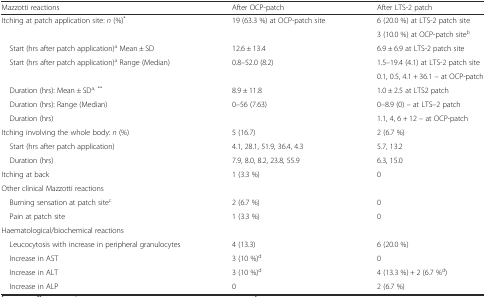
<table><thead><tr><td><b>Mazzotti reactions</b></td><td><b>After OCP-patch</b></td><td><b>After LTS-2 patch</b></td></tr></thead><tbody><tr><td>Itching at patch application site: <i>n</i> (%)<sup>*</sup></td><td>19 (63.3 %) at OCP-patch site</td><td>6 (20.0 %) at LTS-2 patch site</td></tr><tr><td>[EMPTY_CELL]</td><td>[EMPTY_CELL]</td><td>3 (10.0 %) at OCP-patch site<sup>b</sup></td></tr><tr><td> Start (hrs after patch application)<sup>a</sup> Mean ± SD</td><td>12.6 ± 13.4</td><td>6.9 ± 6.9 at LTS-2 patch site</td></tr><tr><td> Start (hrs after patch application)<sup>a</sup> Range (Median)</td><td>0.8–52.0 (8.2)</td><td>1.5–19.4 (4.1) at LTS-2 patch site</td></tr><tr><td>[EMPTY_CELL]</td><td>[EMPTY_CELL]</td><td>0.1, 0.5, 4.1 + 36.1 – at OCP-patch</td></tr><tr><td> Duration (hrs): Mean ± SD<sup>a, **</sup></td><td>8.9 ± 11.8</td><td>1.0 ± 2.5 at LTS2 patch</td></tr><tr><td> Duration (hrs): Range (Median)</td><td>0–56 (7.63)</td><td>0–8.9 (0) – at LTS–2 patch</td></tr><tr><td> Duration (hrs)</td><td>[EMPTY_CELL]</td><td>1.1, 4, 6 + 12 – at OCP-patch</td></tr><tr><td>Itching involving the whole body: <i>n</i> (%)</td><td>5 (16.7)</td><td>2 (6.7 %)</td></tr><tr><td> Start (hrs after patch application)</td><td>4.1, 28.1, 51.9, 36.4, 4.3</td><td>5.7, 13.2</td></tr><tr><td> Duration (hrs)</td><td>7.9, 8.0, 8.2, 23.8, 55.9</td><td>6.3, 15.0</td></tr><tr><td>Itching at back</td><td>1 (3.3 %)</td><td>0</td></tr><tr><td>Other clinical Mazzotti reactions</td><td>[EMPTY_CELL]</td><td>[EMPTY_CELL]</td></tr><tr><td> Burning sensation at patch site<sup>c</sup></td><td>2 (6.7 %)</td><td>0</td></tr><tr><td> Pain at patch site</td><td>1 (3.3 %)</td><td>0</td></tr><tr><td>Haematological/biochemical reactions</td><td>[EMPTY_CELL]</td><td>[EMPTY_CELL]</td></tr><tr><td> Leucocytosis with increase in peripheral granulocytes</td><td>4 (13.3)</td><td>6 (20.0 %)</td></tr><tr><td> Increase in AST</td><td>3 (10 %)<sup>d</sup></td><td>0</td></tr><tr><td> Increase in ALT</td><td>3 (10 %)<sup>d</sup></td><td>4 (13.3 %) + 2 (6.7 %<sup>d</sup>)</td></tr><tr><td> Increase in ALP</td><td>0</td><td>2 (6.7 %)</td></tr></tbody></table>